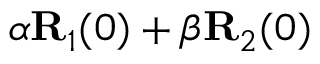
\alpha { \bf R } _ { 1 } ( 0 ) + \beta { \bf R } _ { 2 } ( 0 )